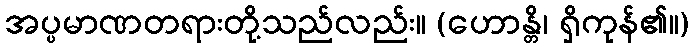
အပ္ပမာဏတရားတို့သည်လည်း။ (ဟောန္တိ၊ ရှိကုန်၏။)